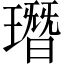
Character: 㻸